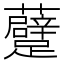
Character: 𲄑